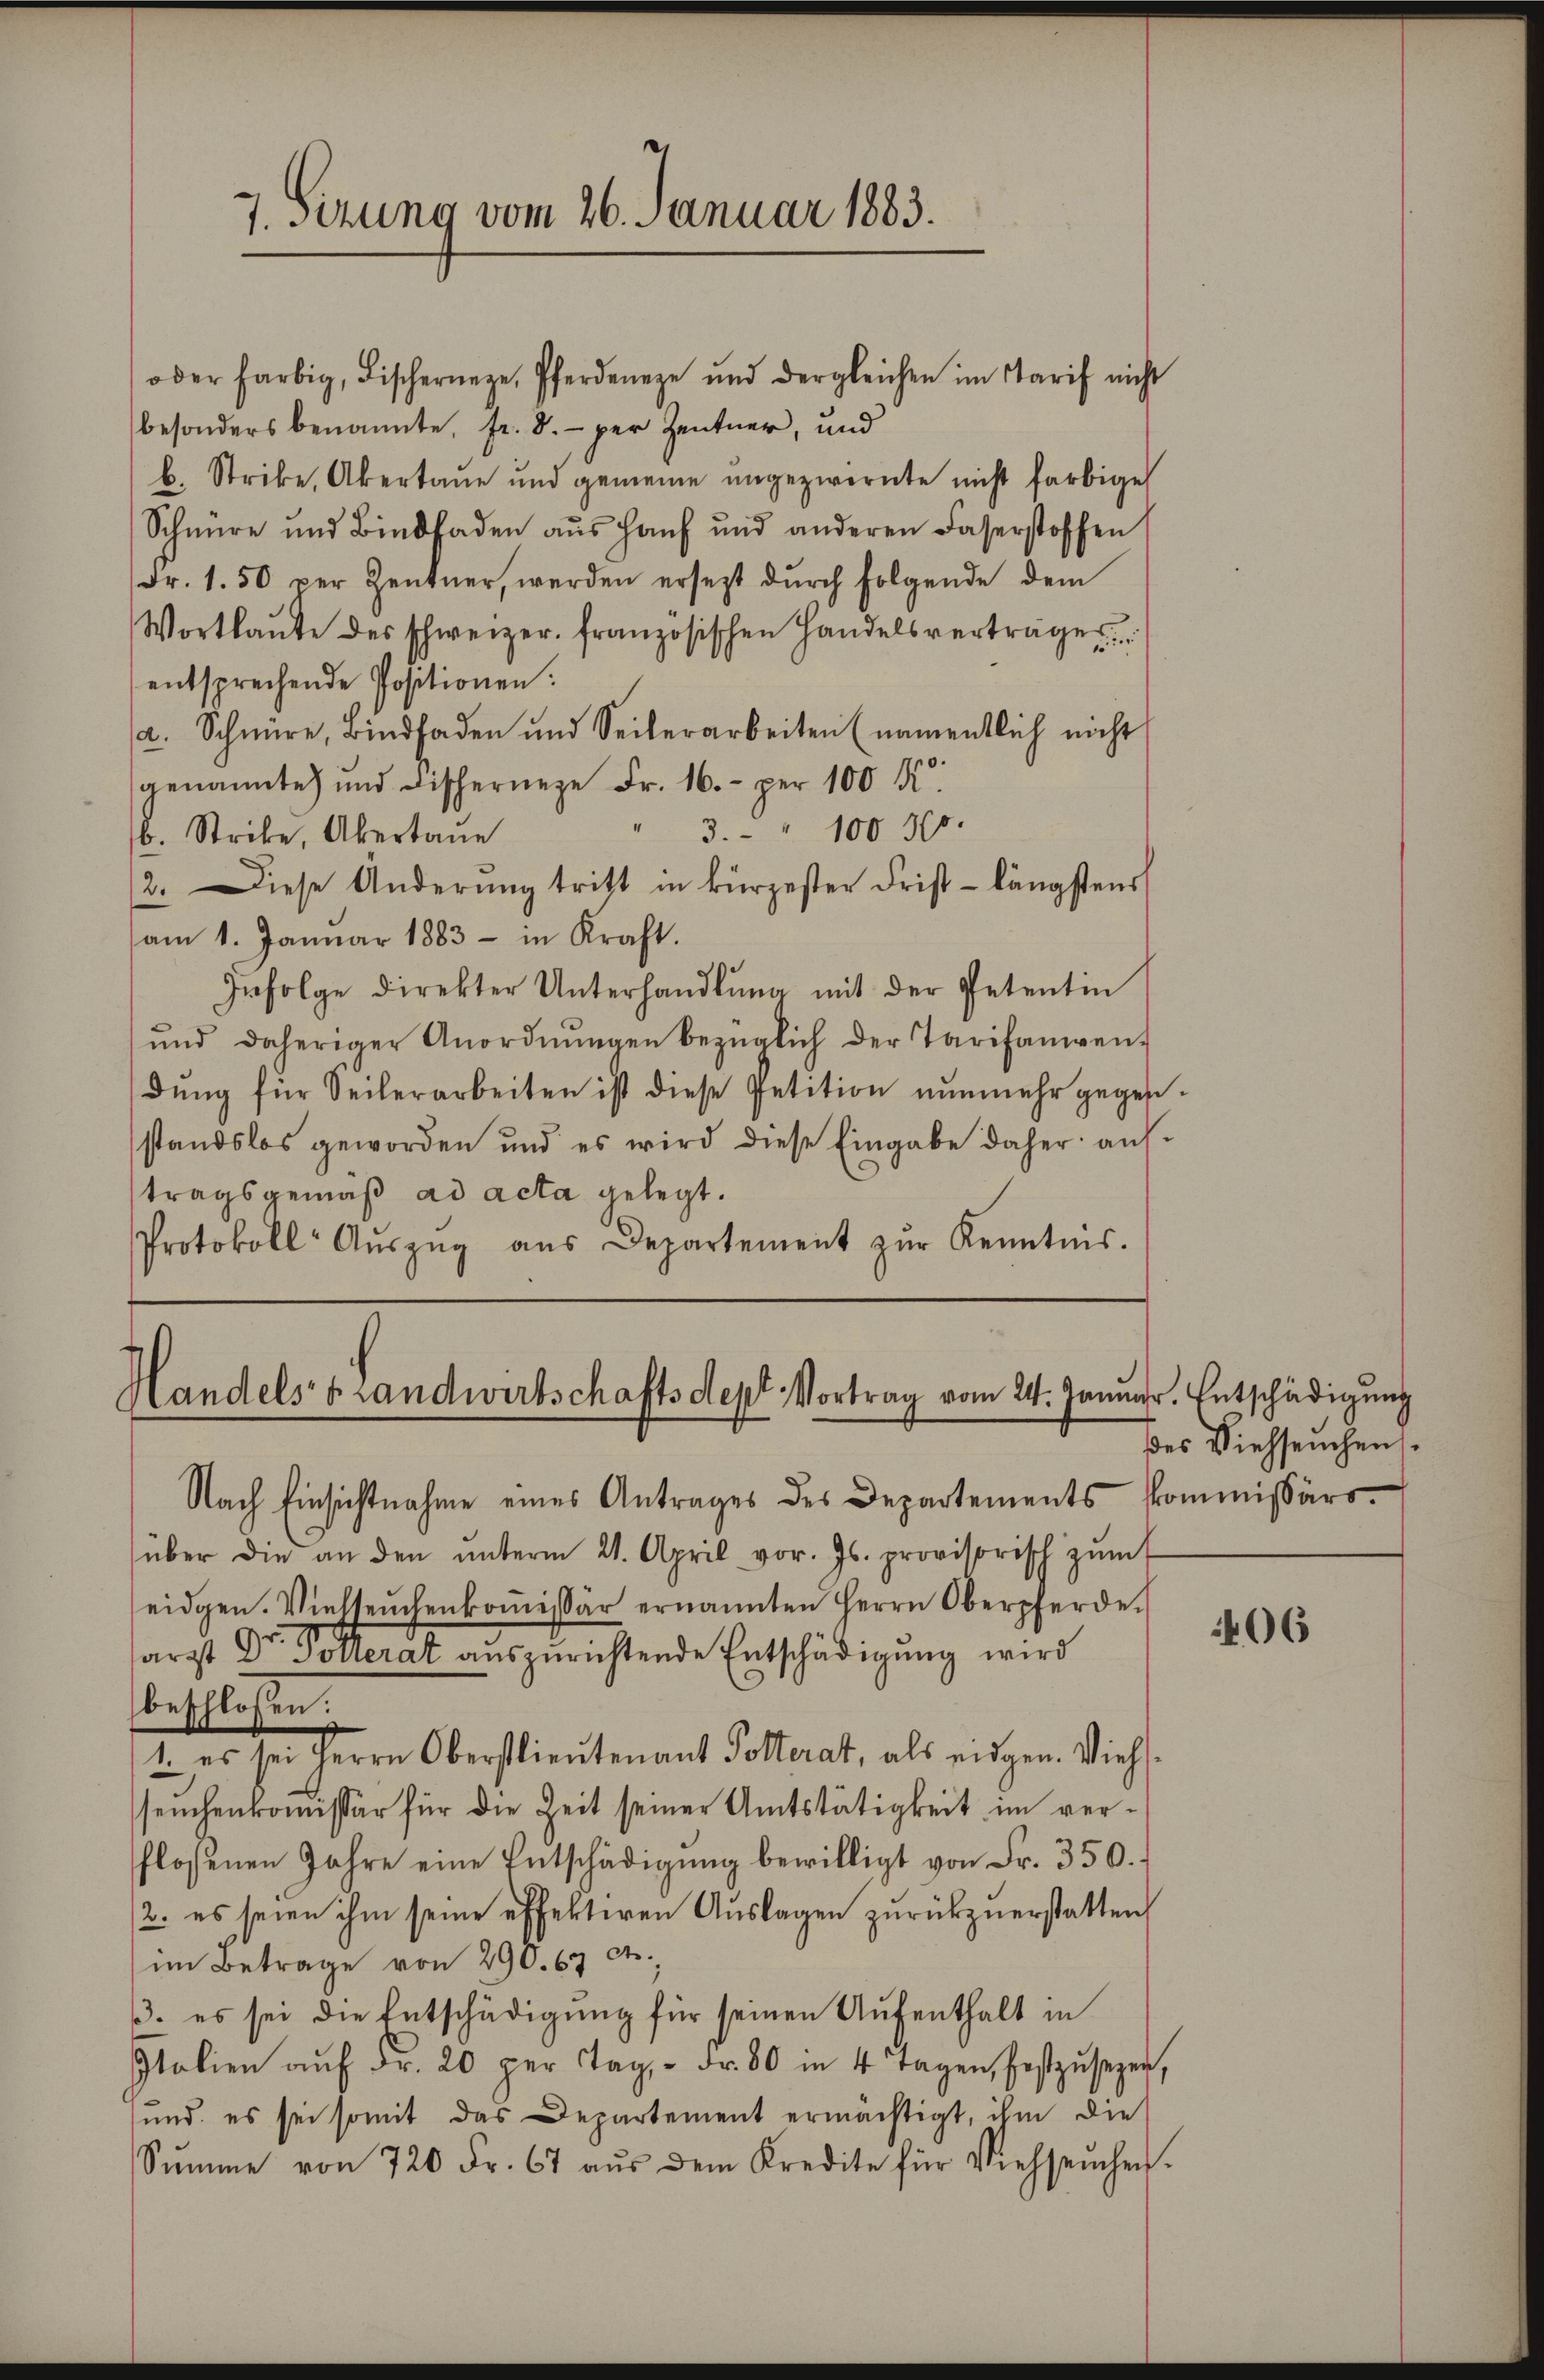
7. Sizung vom 26. Januar 1883.

Handelsstandwirtschaftsdept Vortrag vom 24. Januar. Entschädigung

oder farbig, Fischernage, Pferdeneze und dergleichen im Tarif nicht
besonders benannte, fr. 8. per Zentner, und
b. Strike, Abertaŭe und gemeine angezwirnte nicht farbige
Schnüre und Bindfaden aus Hanf und anderen Faserstoffen
Fr. 1.50 per Zentner, werden ersezt dŭrch folgende dem
Wortlaŭte des schweizer französischen Handelsverträger
entsprechende Positionen:
2. Schnüre, Bindfaden und Seiterarbeiten (namentlich nicht
genannte und dischernage Fr. 16. per 100 K
3. " 100 305.
b. Strike, Übertaue
2. Diese Änderŭng tritt in kürzester Frist längstens
am 1. Januar 1883 in Kraft.
Infolge direkter Unterhandlŭng mit der Petentin
ŭnd daheriger Anordnŭngen bezüglich der Tarifanien
dung für Seilerarbeiten ist diese Petition nunmehr gegesestandslos geworden und es wird diese Eingabe daher auf
tragsgemäß ad acta gelegt.
Protokoll Aŭszŭg aŭs Departement zŭr Kenntnis.

Nach Einsichtnahme eines Antrages des Departements kommissärs-
über die an den ŭnterm 21. April vor. Js. provisorisch zŭm
eidgen. Vielseuchenkoṁissär ernannten Herrn Oberpferde.
sarzt Dr. Polterat auszurichtende Entschädigung wird
beschlossen:
1. es sei Herrn Oberstlieutenant Polterat, als eidgen. Viehseuchenkomissär für die Zeit seiner Amtstätigkeit im ver-
flossenen Jahre eine Entschädigŭng bewilligt von Fr. 350.
/2. es seien ihm seine öffekteren Auslagen zurückzuerstatten,
im Betrage von 290. 67 d
3. es sei die Entschädigŭng für seinen Aŭfenthalt in
Italien aŭf Fr. 20 per Tag, - Fr. 80 in 4 Tagen, festzŭsezer,
und, es sei somit das Departement ermächtigt, ihm die
Sŭmme von 720 Fr. 67 aŭs dem Kredite für Viehseuchen.

des Viehseuchen.

406